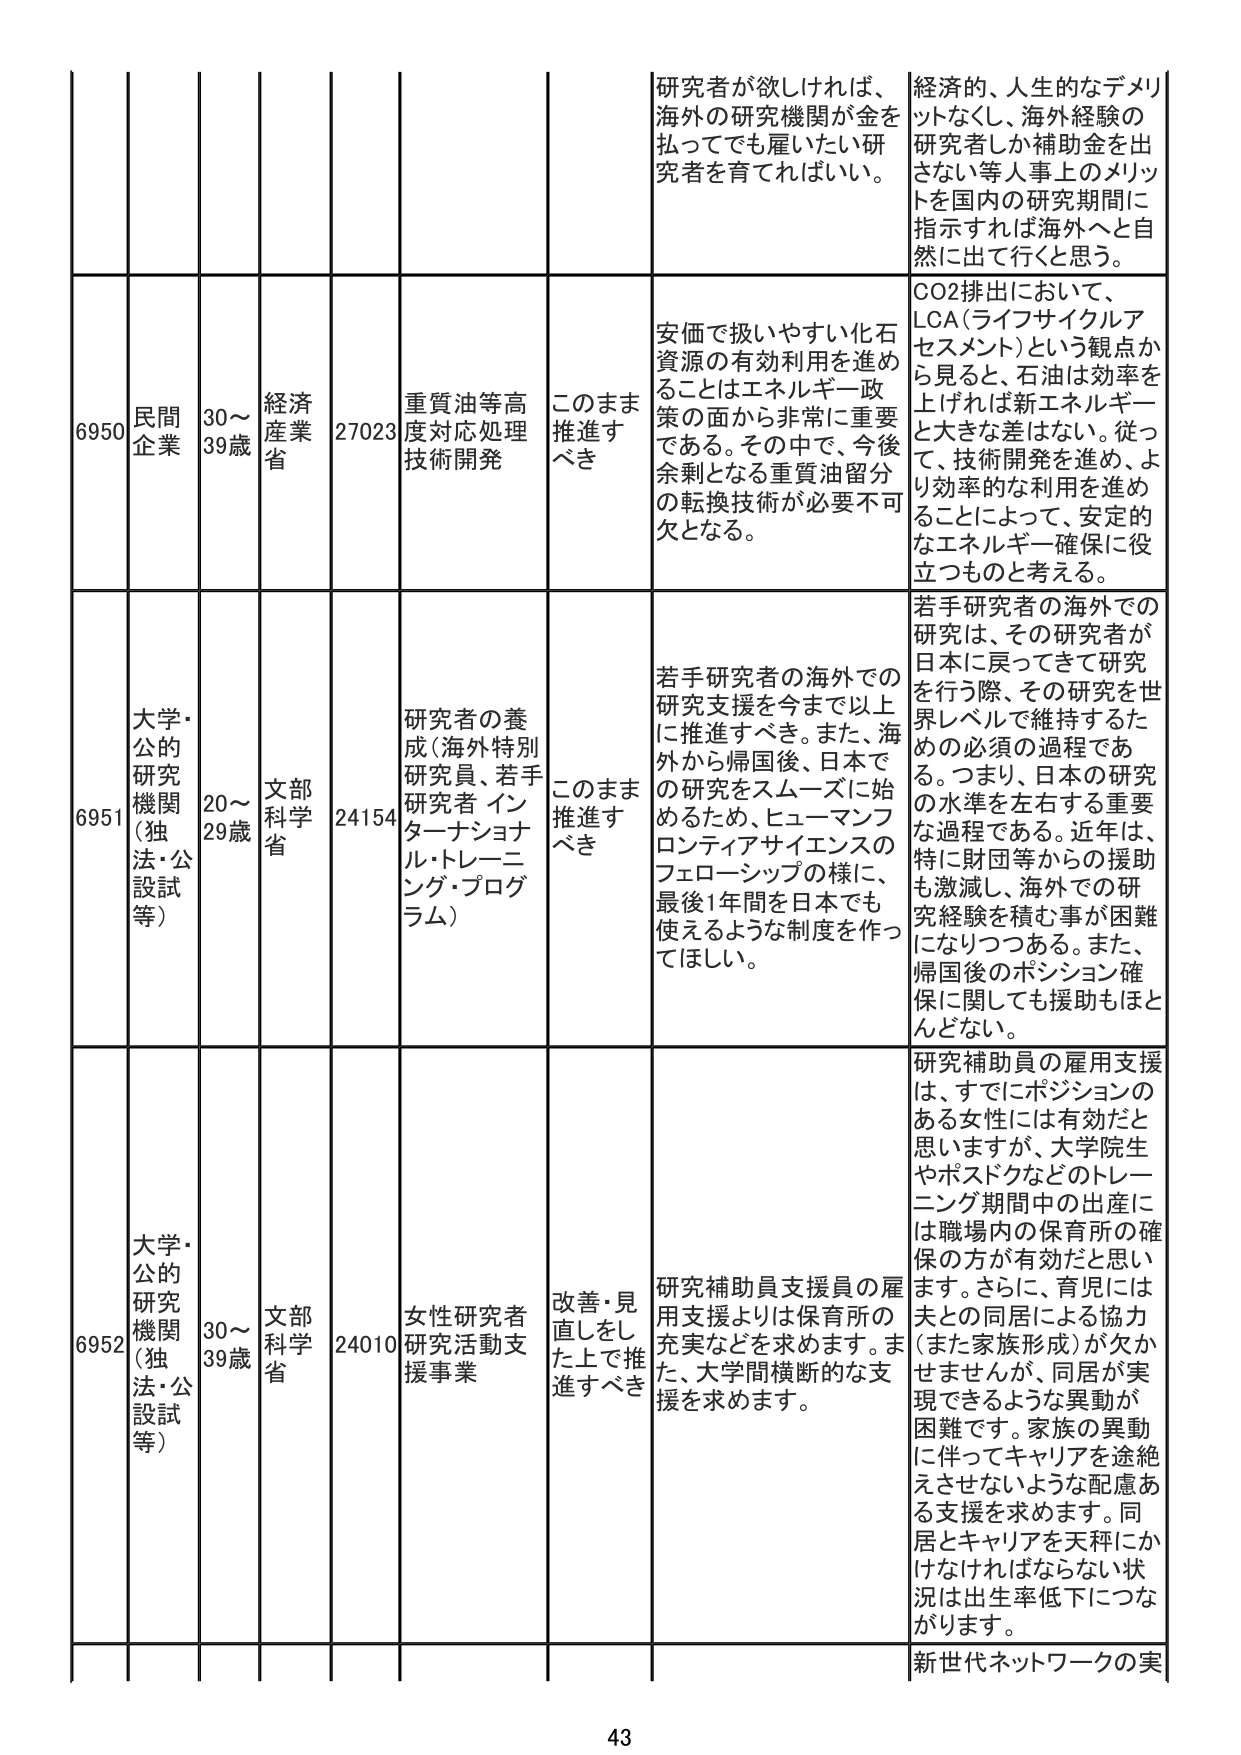
研究者が欲しければ、
海外の研究機関が金を
払ってでも雇いたい研
究者を育てればいい。

経済的、人生的なデメリ
ットなくし、海外経験の
研究者しか補助金を出
さない等人事上のメリッ
トを国内の研究期間に
指示すれば海外へと自
然に出て行くと思う。

6950
民間企業
30～39歳
経済産業省
27023
重質油等高度対応処理技術開発
このまま推進すべき
安価で扱いやすい化石
資源の有効利用を進め
ることはエネルギー政
策の面から非常に重要
である。その中で、今後
余剰となる重質油留分
の転換技術が必要不可
欠となる。

CO2排出において、
LCA（ライフサイクルア
セスメント）という観点か
ら見ると、石油は効率を
上げれば新エネルギー
と大きな差はない。従っ
て、技術開発を進め、よ
り効率的な利用を進め
ることによって、安定的
なエネルギー確保に役
立つものと考える。

6951
大学・公的研究機関（独法・公設試等）
20～29歳
文部科学省
24154
研究者の養成（海外特別研究員、若手研究者 インターナショナル・トレーニング・プログラム）
このまま推進すべき
若手研究者の海外での
研究支援を今まで以上
に推進すべき。また、海
外から帰国後、日本で
の研究をスムーズに始
めるため、ヒューマンフ
ロンティアサイエンスの
フェローシップの様に、
最後1年間を日本でも
使えるような制度を作っ
てほしい。

若手研究者の海外での
研究は、その研究者が
日本に戻ってきて研究
を行う際、その研究を世
界レベルで維持するた
めの必須の過程であ
る。つまり、日本の研究
の水準を左右する重要
な過程である。近年は、
特に財団等からの援助
も激減し、海外での研
究経験を積む事が困難
になりつつある。また、
帰国後のポジション確
保に関しても援助もほと
んどない。

6952
大学・公的研究機関（独法・公設試等）
30～39歳
文部科学省
24010
女性研究者研究活動支援事業
改善・見直しをした上で推進すべき
研究補助員支援員の雇用支援よりは保育所の充実などを求めます。また、大学間横断的な支援を求めます。

研究補助員の雇用支援は、すでにポジションのある女性には有効だと思いますが、大学院生やポスドクなどのトレーニング期間中の出産には職場内の保育所の確保の方が有効だと思います。さらに、育児には夫との同居による協力（また家族形成）が欠かせませんが、同居が実現できるような異動が困難です。家族の異動に伴ってキャリアを途絶えさせないような配慮ある支援を求めます。同居とキャリアを天秤にかけなければならない状況は出生率低下につながります。

新世代ネットワークの実

43